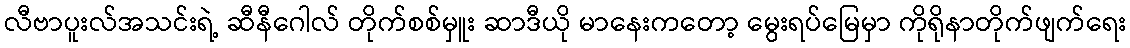
လီဗာပူးလ်အသင်းရဲ့ ဆီနီဂေါလ် တိုက်စစ်မှူး ဆာဒီယို မာနေးကတော့ မွေးရပ်မြေမှာ ကိုရိုနာတိုက်ဖျက်ရေး